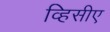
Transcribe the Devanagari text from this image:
व्हिसीए